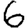
Digit: 6